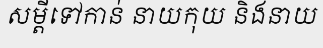
សម្តីទៅកាន់ នាយកុយ និងនាយ